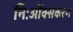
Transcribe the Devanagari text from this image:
निःऑक्सकरण